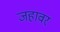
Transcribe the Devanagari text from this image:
जहावर